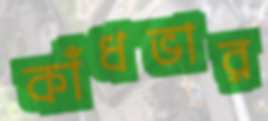
কাঁধভার